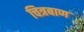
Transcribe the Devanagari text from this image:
चित्रबाण